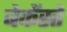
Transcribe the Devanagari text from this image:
बेकेंस्तें